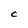
Character: c